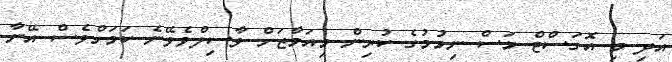
އަދި މި އޮގަސްޓް މަސް ނިމުމުގެ ކުރިން މިއަމާޒަށް ވާސިލްވެވޭނެ ކަމަށްވެސް އޭނާ